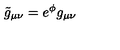
\tilde { g } _ { \mu \nu } = e ^ { \phi } g _ { \mu \nu }